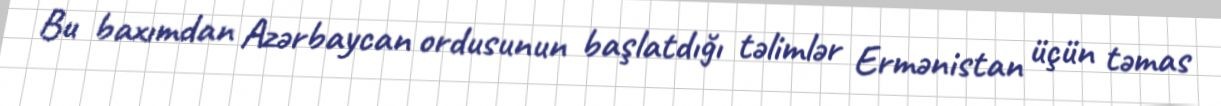
Bu baxımdan Azərbaycan ordusunun başlatdığı təlimlər Ermənistan üçün təmas